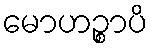
မောဟဉ္စာပိ